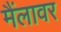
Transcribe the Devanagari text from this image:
मैंलावर